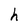
Character: h